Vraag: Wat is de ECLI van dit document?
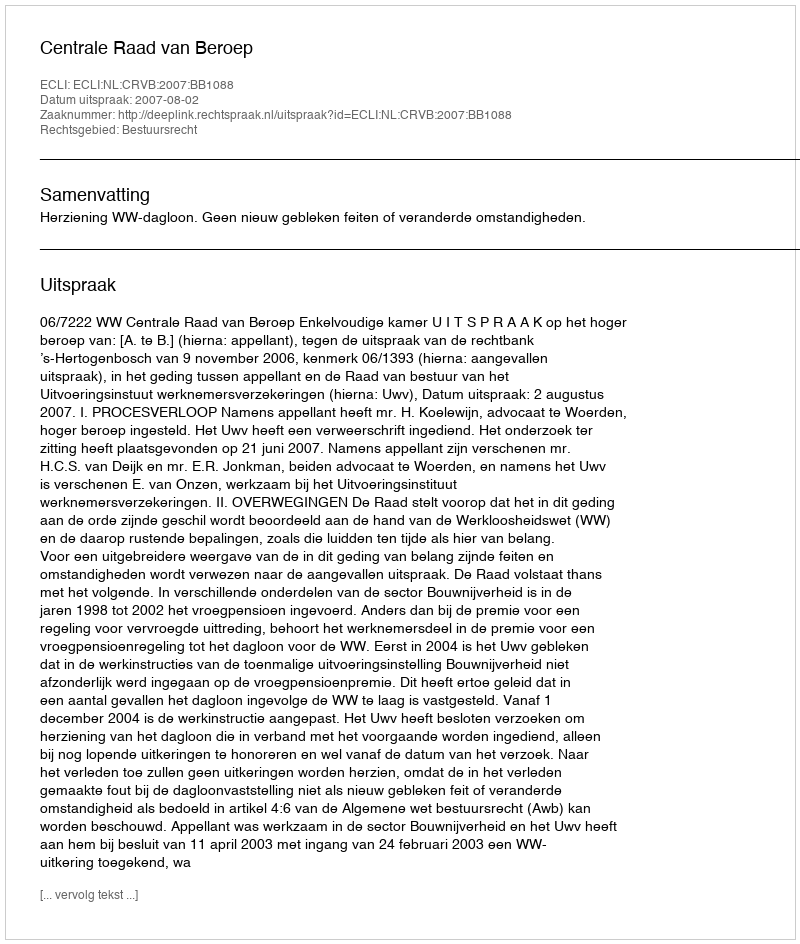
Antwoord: ECLI:NL:CRVB:2007:BB1088